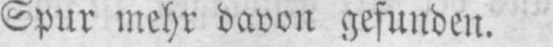
Spur mehr davon gefunden.